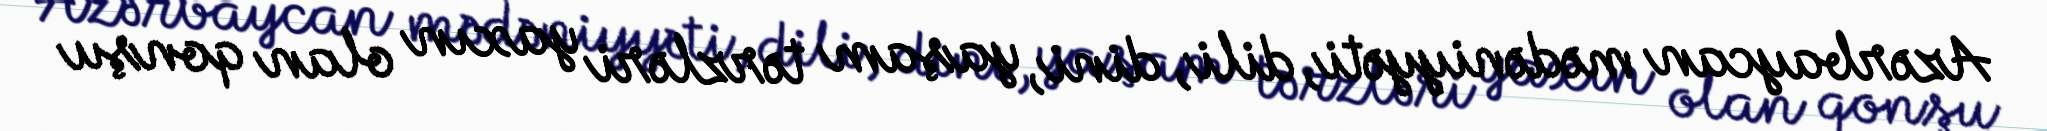
Azərbaycan mədəniyyəti, dili, dini, yaşam tərzləri yaxın olan qonşu